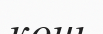
конь